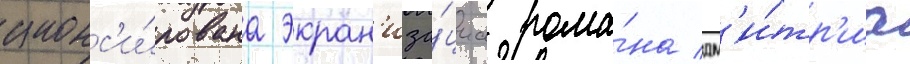
анонс'и́рована экран'иза́циа рома́на дм'и́тр'иа